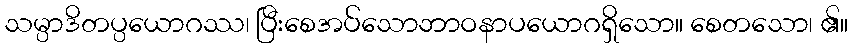
သမ္ပာဒိတပ္ပယောဂဿ၊ ပြီးစေအပ်သောဘာဝနာပယောဂရှိသော။ စေတသော၊ ၏။